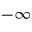
- \infty